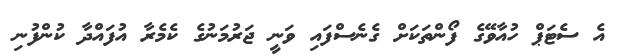
އެ ސެޓަޕް ހުއާވޭގެ ފޯންތަކަށް ގެނެސްފައި ވަނީ ޖަރުމަނުގެ ކެމެރާ އުފައްދާ ކުންފުނި